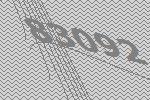
83092